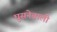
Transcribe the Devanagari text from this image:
घुसनेवाली